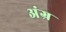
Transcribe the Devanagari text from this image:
अंग्र